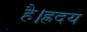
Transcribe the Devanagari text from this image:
है।ह्रदय